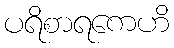
ပရိစာရကေဟိ